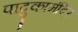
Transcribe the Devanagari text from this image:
पादुकामंदिर